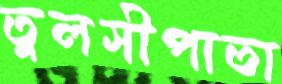
তুলসীপাতা